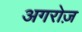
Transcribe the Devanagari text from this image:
अगरोज़